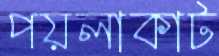
পয়লাকাট